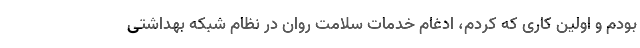
بودم و اولین کاری که کردم، ادغام خدمات سلامت روان در نظام شبکه بهداشتی